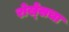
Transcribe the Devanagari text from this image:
रोखे्सचा